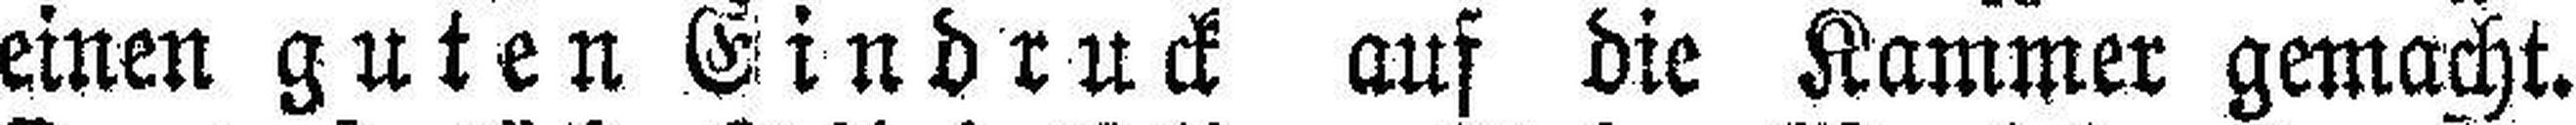
einen guten Eindruck auf die Kammer gemacht.